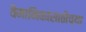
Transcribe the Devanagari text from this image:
वैमानिकांसाठीच्या